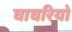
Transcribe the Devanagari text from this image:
घाघरियो